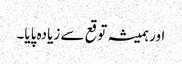
اور ہمیشہ توقع سے زیادہ پایا۔